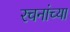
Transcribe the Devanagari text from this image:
रचनांच्या